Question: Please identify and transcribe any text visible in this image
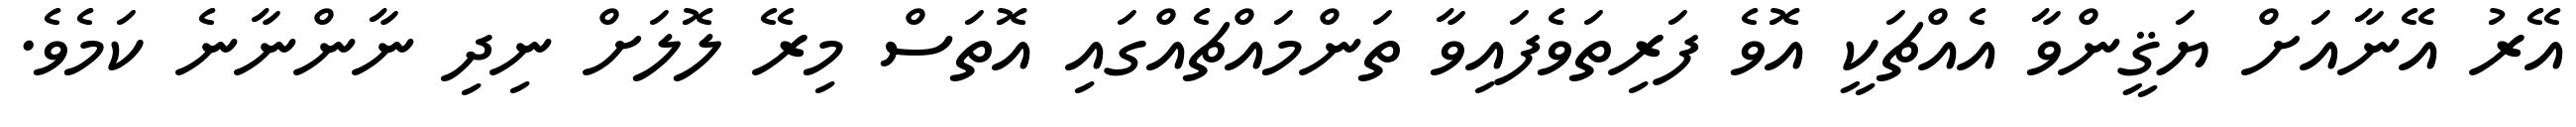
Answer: އޭރު އޭނާއަށް ޔަޤީންވާ އެއްޗަކީ އޮވެ ފަރިތަވެފައިވާ ތަންމައްޗެއްގައި އޮތަސް މިރޭ ލޮލަށް ނިދި ނާންނާނެ ކަމެވެ.